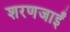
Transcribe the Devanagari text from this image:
शरणजाईं